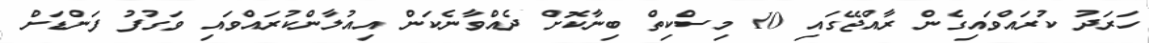
ހަރަދު ކުރައްވައިގެން ރާއްޖޭގައި 10 މިސްކިތް ބިނާކޮށް ދެއްވާނެކަން އިއުލާންކުރައްވައި ވަގުފު ފަންޑަށް